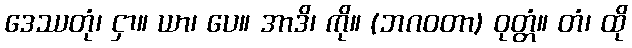
ဒေဿတုံ၊ ငှာ။ ယာ၊ ပေ။ အာဒိ၊ ကို။ (ဘဂဝတာ) ဝုတ္တံ။ တံ၊ ထို